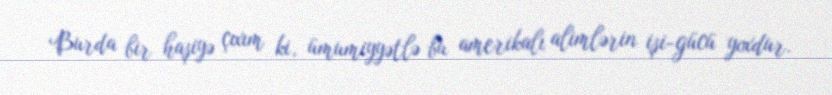
Burda bir haşiyə çıxım ki, ümumiyyətlə bu amerikalı alimlərin işi-gücü yoxdur.